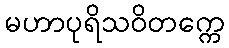
မဟာပုရိသဝိတက္ကေ